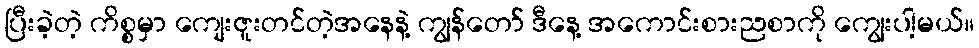
ပြီးခဲ့တဲ့ ကိစ္စမှာ ကျေးဇူးတင်တဲ့အနေနဲ့ ကျွန်တော် ဒီနေ့ အကောင်းစားညစာကို ကျွေးပါ့မယ်။